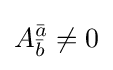
A_{\bar {b}}^{\bar {a}}\neq 0